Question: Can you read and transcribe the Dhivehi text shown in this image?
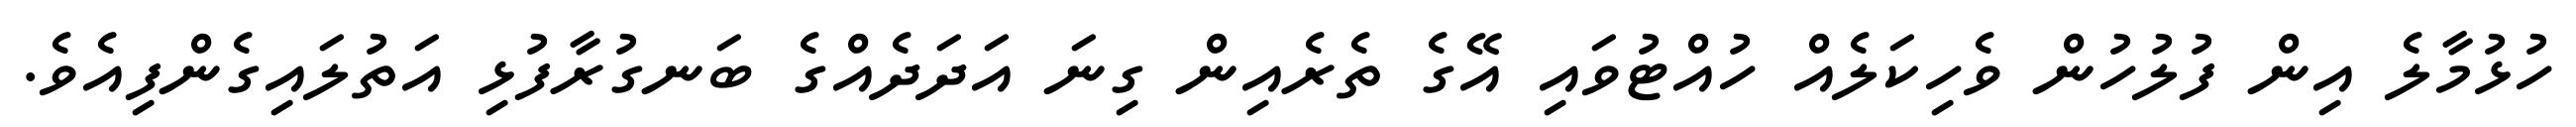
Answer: ހުޅުމާލެ އިން ފުލުހުން ވެހިކަލެއް ހުއްޓުވައި އޭގެ ތެރެއިން ގިނަ އަދަދެއްގެ ބަނގުރާފުޅި އަތުލައިގެންފިއެވެ.